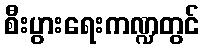
စီးပွားရေးကဏ္ဍတွင်